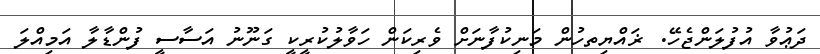
ދަޢުވާ އުފުލަންޖެހޭ. ޜައްޔިތހުން މަނިކުފާނަށް ވެރިކަން ހަވާލުކުރީކީ ގަނޫނު އަސާސީ ފުންޑާލާ އަމިއްލަ